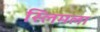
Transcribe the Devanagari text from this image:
स्लिमला